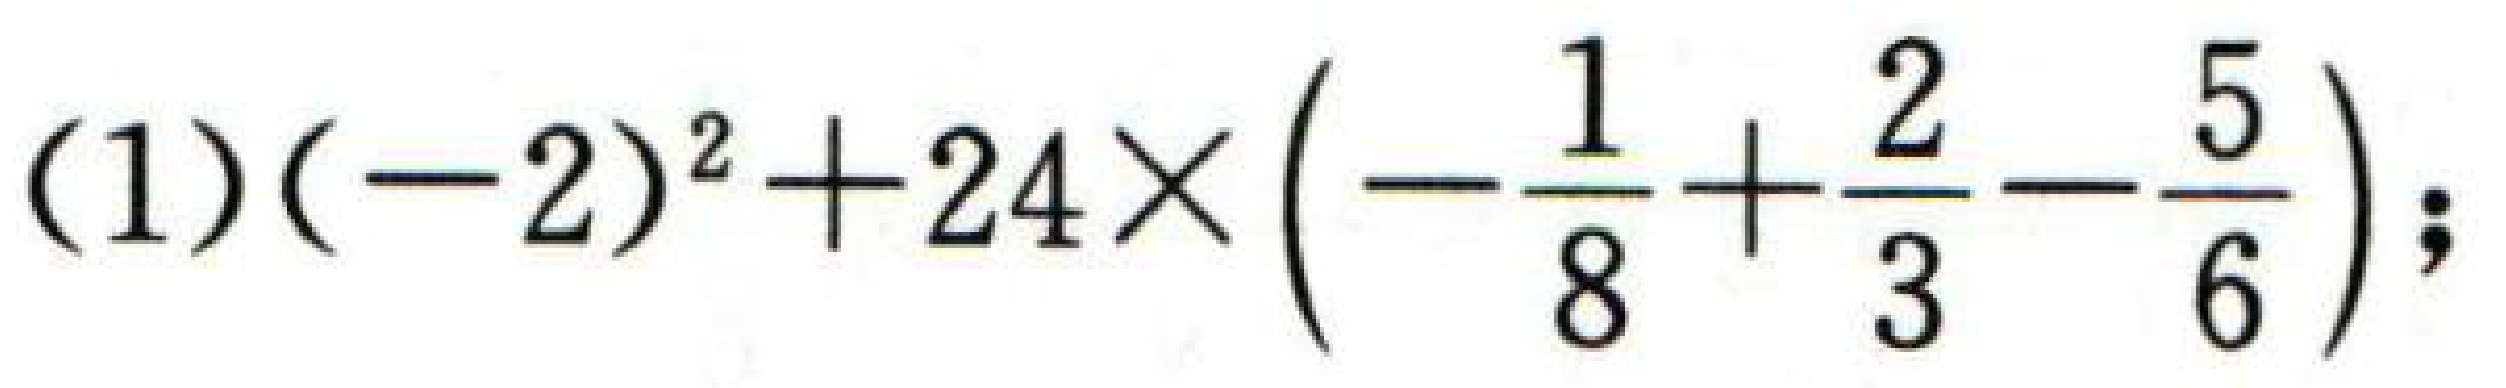
(1)\((-2)^{2}+24\times\left(-\frac{1}{8}+\frac{2}{3}-\frac{5}{6}\right)\);